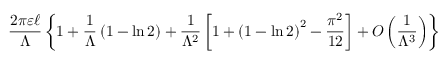
{ \frac { 2 \pi \varepsilon \ell } { \Lambda } } \left\{ 1 + { \frac { 1 } { \Lambda } } \left( 1 - \ln 2 \right) + { \frac { 1 } { \Lambda ^ { 2 } } } \left[ 1 + \left( 1 - \ln 2 \right) ^ { 2 } - { \frac { \pi ^ { 2 } } { 1 2 } } \right] + O \left( { \frac { 1 } { \Lambda ^ { 3 } } } \right) \right\}